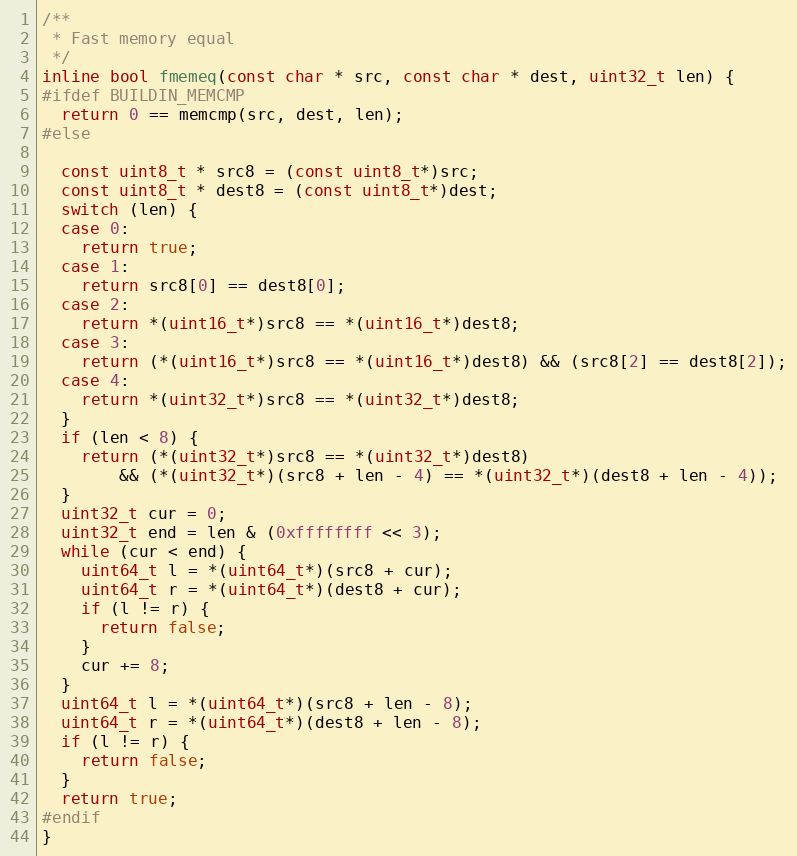
Language: C
/**
 * Fast memory equal
 */
inline bool fmemeq(const char * src, const char * dest, uint32_t len) {
#ifdef BUILDIN_MEMCMP
  return 0 == memcmp(src, dest, len);
#else

  const uint8_t * src8 = (const uint8_t*)src;
  const uint8_t * dest8 = (const uint8_t*)dest;
  switch (len) {
  case 0:
    return true;
  case 1:
    return src8[0] == dest8[0];
  case 2:
    return *(uint16_t*)src8 == *(uint16_t*)dest8;
  case 3:
    return (*(uint16_t*)src8 == *(uint16_t*)dest8) && (src8[2] == dest8[2]);
  case 4:
    return *(uint32_t*)src8 == *(uint32_t*)dest8;
  }
  if (len < 8) {
    return (*(uint32_t*)src8 == *(uint32_t*)dest8)
        && (*(uint32_t*)(src8 + len - 4) == *(uint32_t*)(dest8 + len - 4));
  }
  uint32_t cur = 0;
  uint32_t end = len & (0xffffffff << 3);
  while (cur < end) {
    uint64_t l = *(uint64_t*)(src8 + cur);
    uint64_t r = *(uint64_t*)(dest8 + cur);
    if (l != r) {
      return false;
    }
    cur += 8;
  }
  uint64_t l = *(uint64_t*)(src8 + len - 8);
  uint64_t r = *(uint64_t*)(dest8 + len - 8);
  if (l != r) {
    return false;
  }
  return true;
#endif
}